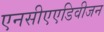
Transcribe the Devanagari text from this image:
एनसीएएडिवीजन